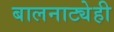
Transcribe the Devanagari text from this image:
बालनाट्येही